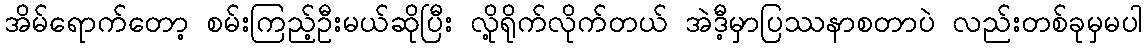
အိမ်ရောက်တော့ စမ်းကြည့်ဦးမယ်ဆိုပြီး လို့ရိုက်လိုက်တယ် အဲဒီ့မှာပြဿနာစတာပဲ လည်းတစ်ခုမှမပါ